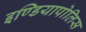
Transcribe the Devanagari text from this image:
इण्डियापोलिस